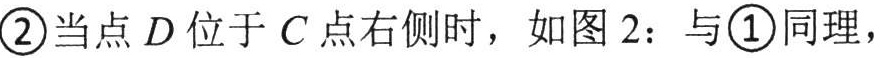
\textcircled{2}当点\(D\)位于\(C\)点右侧时，如图 \(2\)：与\textcircled{1}同理，